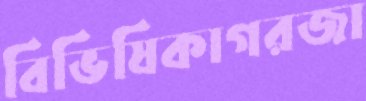
বিভিষিকাগরজা